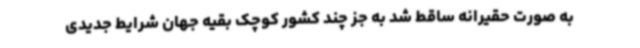
به صورت حقیرانه ساقط شد به جز چند کشور کوچک بقیه جهان شرایط جدیدی